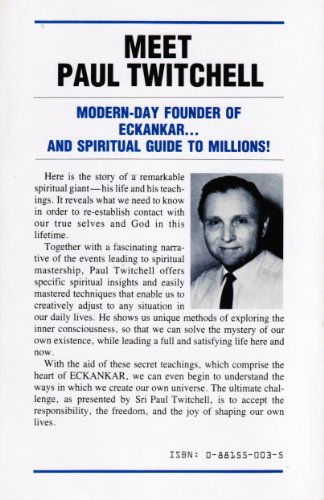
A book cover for In My Soul I Am Free; Brad Steiger; Religion & Spirituality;